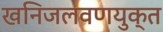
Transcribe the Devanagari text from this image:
खनिजलवणयुक्त